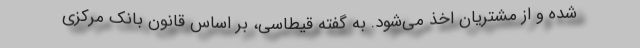
شده و از مشتریان اخذ می‌شود. به گفته قیطاسی، بر اساس قانون بانک مرکزی